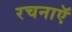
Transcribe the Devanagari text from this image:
रचनाऍ